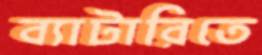
ব্যাটারিতে